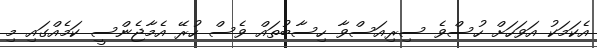
އެކަމަކު އަވަހަށް ހުސްވެ ސިރިއަސްވާ ހިސާބުތައް ވެސް ހުރޭ އެމާޖެންސީ ކަމެއްގައި މި